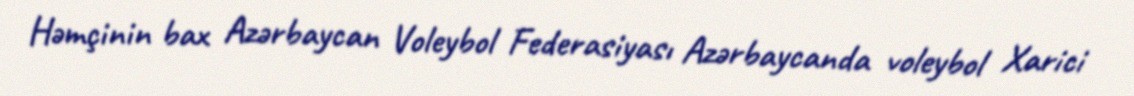
Həmçinin bax Azərbaycan Voleybol Federasiyası Azərbaycanda voleybol Xarici